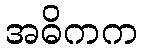
အဓိကက